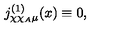
j _ { \chi \chi _ { A } \mu } ^ { ( 1 ) } ( x ) \equiv 0 ,